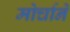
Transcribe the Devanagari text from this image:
मोर्चाने